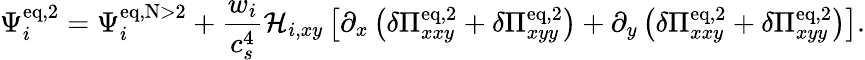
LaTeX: \Psi_{i}^{\mathrm{eq,2}}=\Psi_{i}^{\mathrm{eq,N>2}}+\frac{w_{i}}{c_{s}^{4}}\mathcal{H}_{i,xy}\left[\partial_{x}\left(\delta\Pi_{xxy}^{\mathrm{eq,2}}+\delta\Pi_{xyy}^{\mathrm{eq,2}}\right)+\partial_{y}\left(\delta\Pi_{xxy}^{\mathrm{eq,2}}+\delta\Pi_{xyy}^{\mathrm{eq,2}}\right)\right].